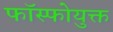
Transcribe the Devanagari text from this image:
फॉस्फोयुक्त